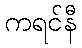
ကရင်နီ